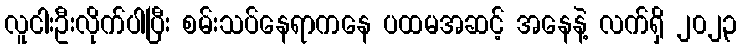
လူငါးဦးလိုက်ပါပြီး စမ်းသပ်နေရာကနေ ပထမအဆင့် အနေနဲ့ လက်ရှိ ၂၀၂၃